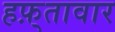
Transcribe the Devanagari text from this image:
हफ़्तावार